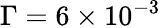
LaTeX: \Gamma=6\times 10^{-3}